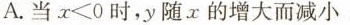
A.当$$x ≤ 0$$时，y随x的增大而减小